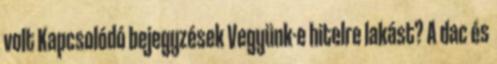
volt Kapcsolódó bejegyzések Vegyünk-e hitelre lakást? A dac és